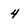
Character: 4